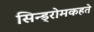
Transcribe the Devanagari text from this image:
सिन्ड्रोमकहते